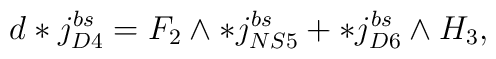
d*j^{bs}_{D4} = F_2 \wedge * j_{NS5}^{bs} + *j_{D6}^{bs} \wedge H_3,